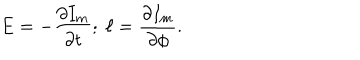
E = - \frac { \partial I _ { m } } { \partial t } ; \; \ell = \frac { \partial I _ { m } } { \partial \phi } .